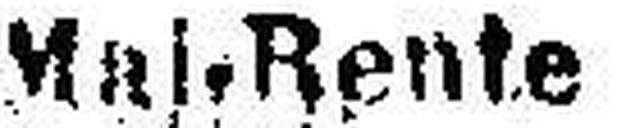
Maj-Rente